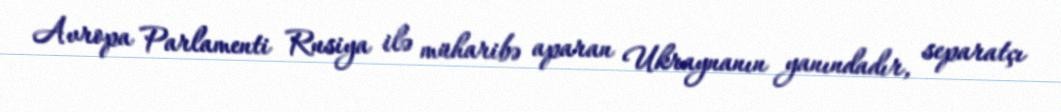
Avropa Parlamenti Rusiya ilə müharibə aparan Ukraynanın yanındadır, separatçı